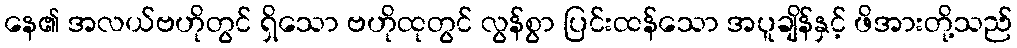
နေ၏ အလယ်ဗဟိုတွင် ရှိသော ဗဟိုထုတွင် လွန်စွာ ပြင်းထန်သော အပူချိန်နှင့် ဖိအားတို့သည်